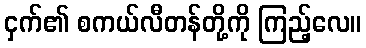
ငှက်၏ စကယ်လီတန်တို့ကို ကြည့်လေ။